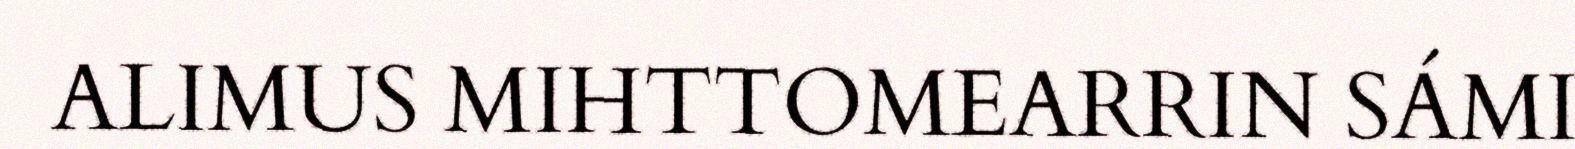
ALIMUS MIHTTOMEARRIN SÁMI